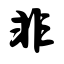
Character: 非